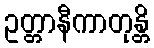
ဥတ္တာနီကာတုန္တိ